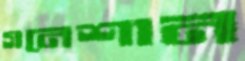
গনেশান